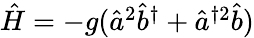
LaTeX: \begin{array}{r}{\hat{H}=-g(\hat{a}^{2}\hat{b}^{\dagger}+\hat{a}^{\dagger 2}\hat{b})}\end{array}